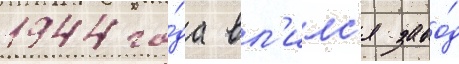
1944 го́да вл'илс'я заво́д